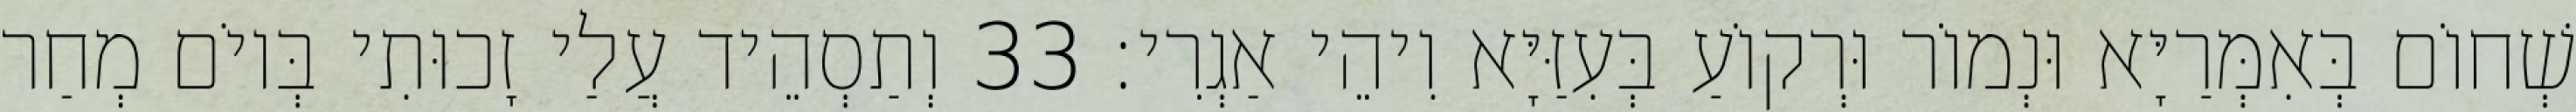
שְׁחוֹם בְּאִמְּרַיָּא וּנְמוֹר וּרְקוֹעַ בְּעִזַּיָּא וִיהֵי אַגְרִי׃ 33 וְתַסְהֵיד עֲלַי זָכוּתִי בְּיוֹם מְחַר